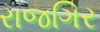
રાજગિર